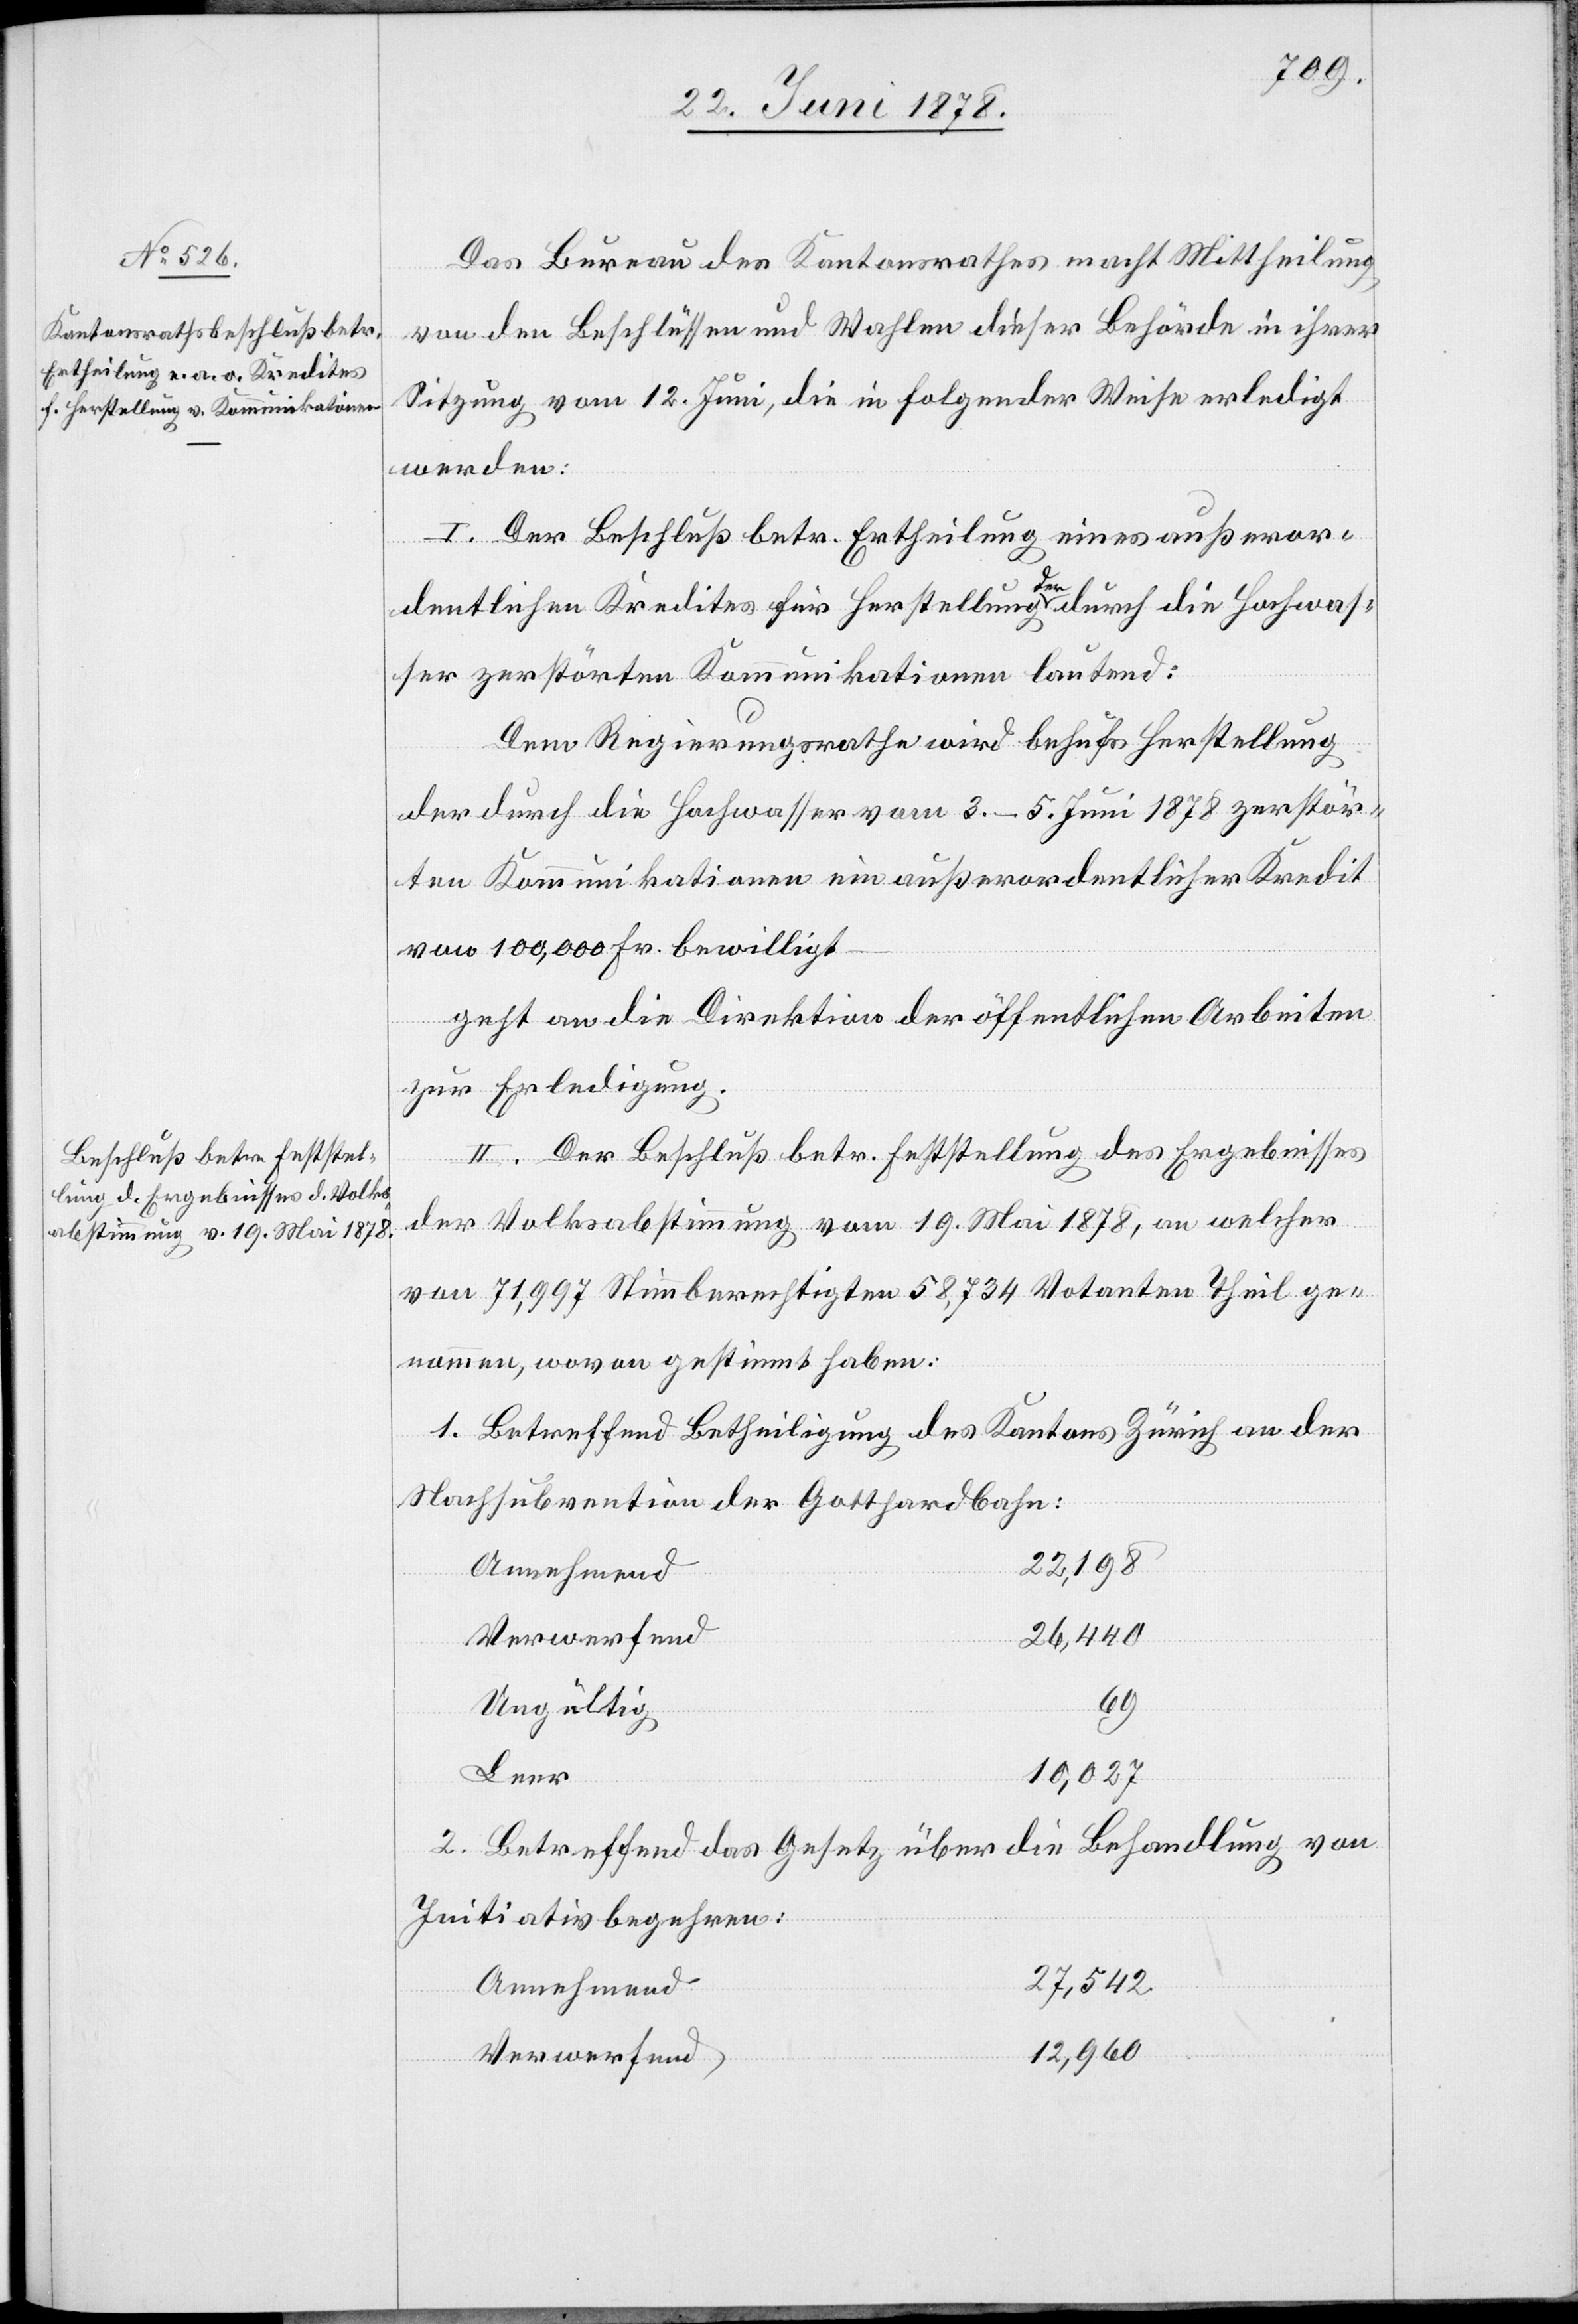
Das Bureau des Kantonsrathes macht Mittheilung
von den Beschlüssen und Wahlen dieser Behörde in ihrer
Sitzung vom 12. Juni, die in folgender Weise erledigt
werden:
I. Der Beschluß betr. Ertheilung eines außeror¬
dentlichen Kredites für Herstellung der durch die Hochwas¬
ser zerstörten Kommunikationen lautend:
Dem Regierungsrathe wird behufs Herstellung
der durch die Hochwasser vom 3.–5. Juni 1878 zerstör¬
ten Kommunikationen ein außerordentlicher Kredit
von 100,000 Fr. bewilligt.
geht an die Direktion der öffentlichen Arbeiten
zur Erledigung.
II. Der Beschluß betr. Feststellung des Ergebnisses
der Volksabstimmung vom 19. Mai 1878, an welcher
von 71,997 Stimmberechtigten 58,734 Votanten Theil ge¬
nommen, wovon gestimmt haben:
1. Betreffend Betheiligung des Kantons Zürich an der
Nachsubvention der Gotthardbahn:
22,198
Annehmend
26,440
Verwerfend
69
Ungültig
Leer
10,027
2. Betreffend das Gesetz über die Behandlung von
Initiativbegehren:
27,542
12,960